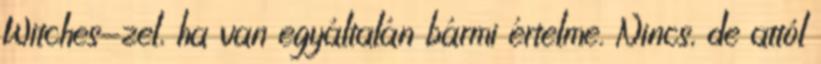
Witches-zel, ha van egyáltalán bármi értelme. Nincs, de attól